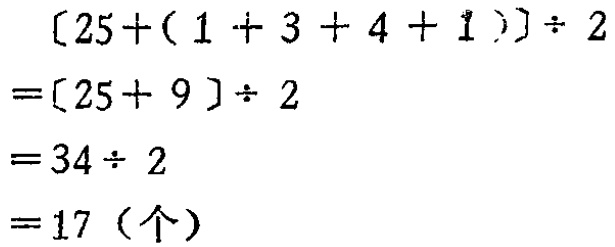
\[
\begin{align*}
[25+(1 + 3 + 4 + 1)]\div 2&=[25 + 9]\div 2\\
&=34\div 2\\
&=17 (\text{个})
\end{align*}
\]